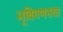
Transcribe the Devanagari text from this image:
भूविगणनया